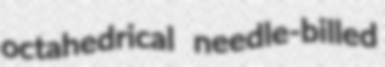
octahedrical needle-billed